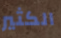
الكثير